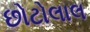
છોટોલાલ